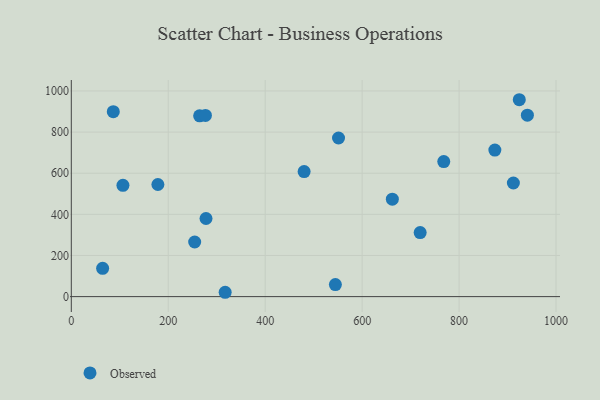
{"axis": {"x": "Distance", "y": "Yield"}, "legend": ["Observed"], "data": [{"x": "551.3", "y": 771.3, "type": "Observed"}, {"x": "662.3", "y": 473.8, "type": "Observed"}, {"x": "254.5", "y": 265.5, "type": "Observed"}, {"x": "480.3", "y": 608.2, "type": "Observed"}, {"x": "940.9", "y": 882.0, "type": "Observed"}, {"x": "64.6", "y": 137.5, "type": "Observed"}, {"x": "277.9", "y": 379.9, "type": "Observed"}, {"x": "178.6", "y": 545.0, "type": "Observed"}, {"x": "719.7", "y": 311.2, "type": "Observed"}, {"x": "768.4", "y": 656.6, "type": "Observed"}, {"x": "264.7", "y": 879.2, "type": "Observed"}, {"x": "912.0", "y": 552.5, "type": "Observed"}, {"x": "317.4", "y": 21.1, "type": "Observed"}, {"x": "544.8", "y": 58.4, "type": "Observed"}, {"x": "106.5", "y": 541.2, "type": "Observed"}, {"x": "86.6", "y": 899.1, "type": "Observed"}, {"x": "924.2", "y": 957.3, "type": "Observed"}, {"x": "873.8", "y": 712.3, "type": "Observed"}, {"x": "276.7", "y": 880.9, "type": "Observed"}]}